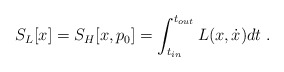
\begin{align*}S_{L}[x]=S_{H}[x,p_{0}]=\int_{t_{in}}^{t_{out}}L(x,\dot{x})dt \; .\end{align*}